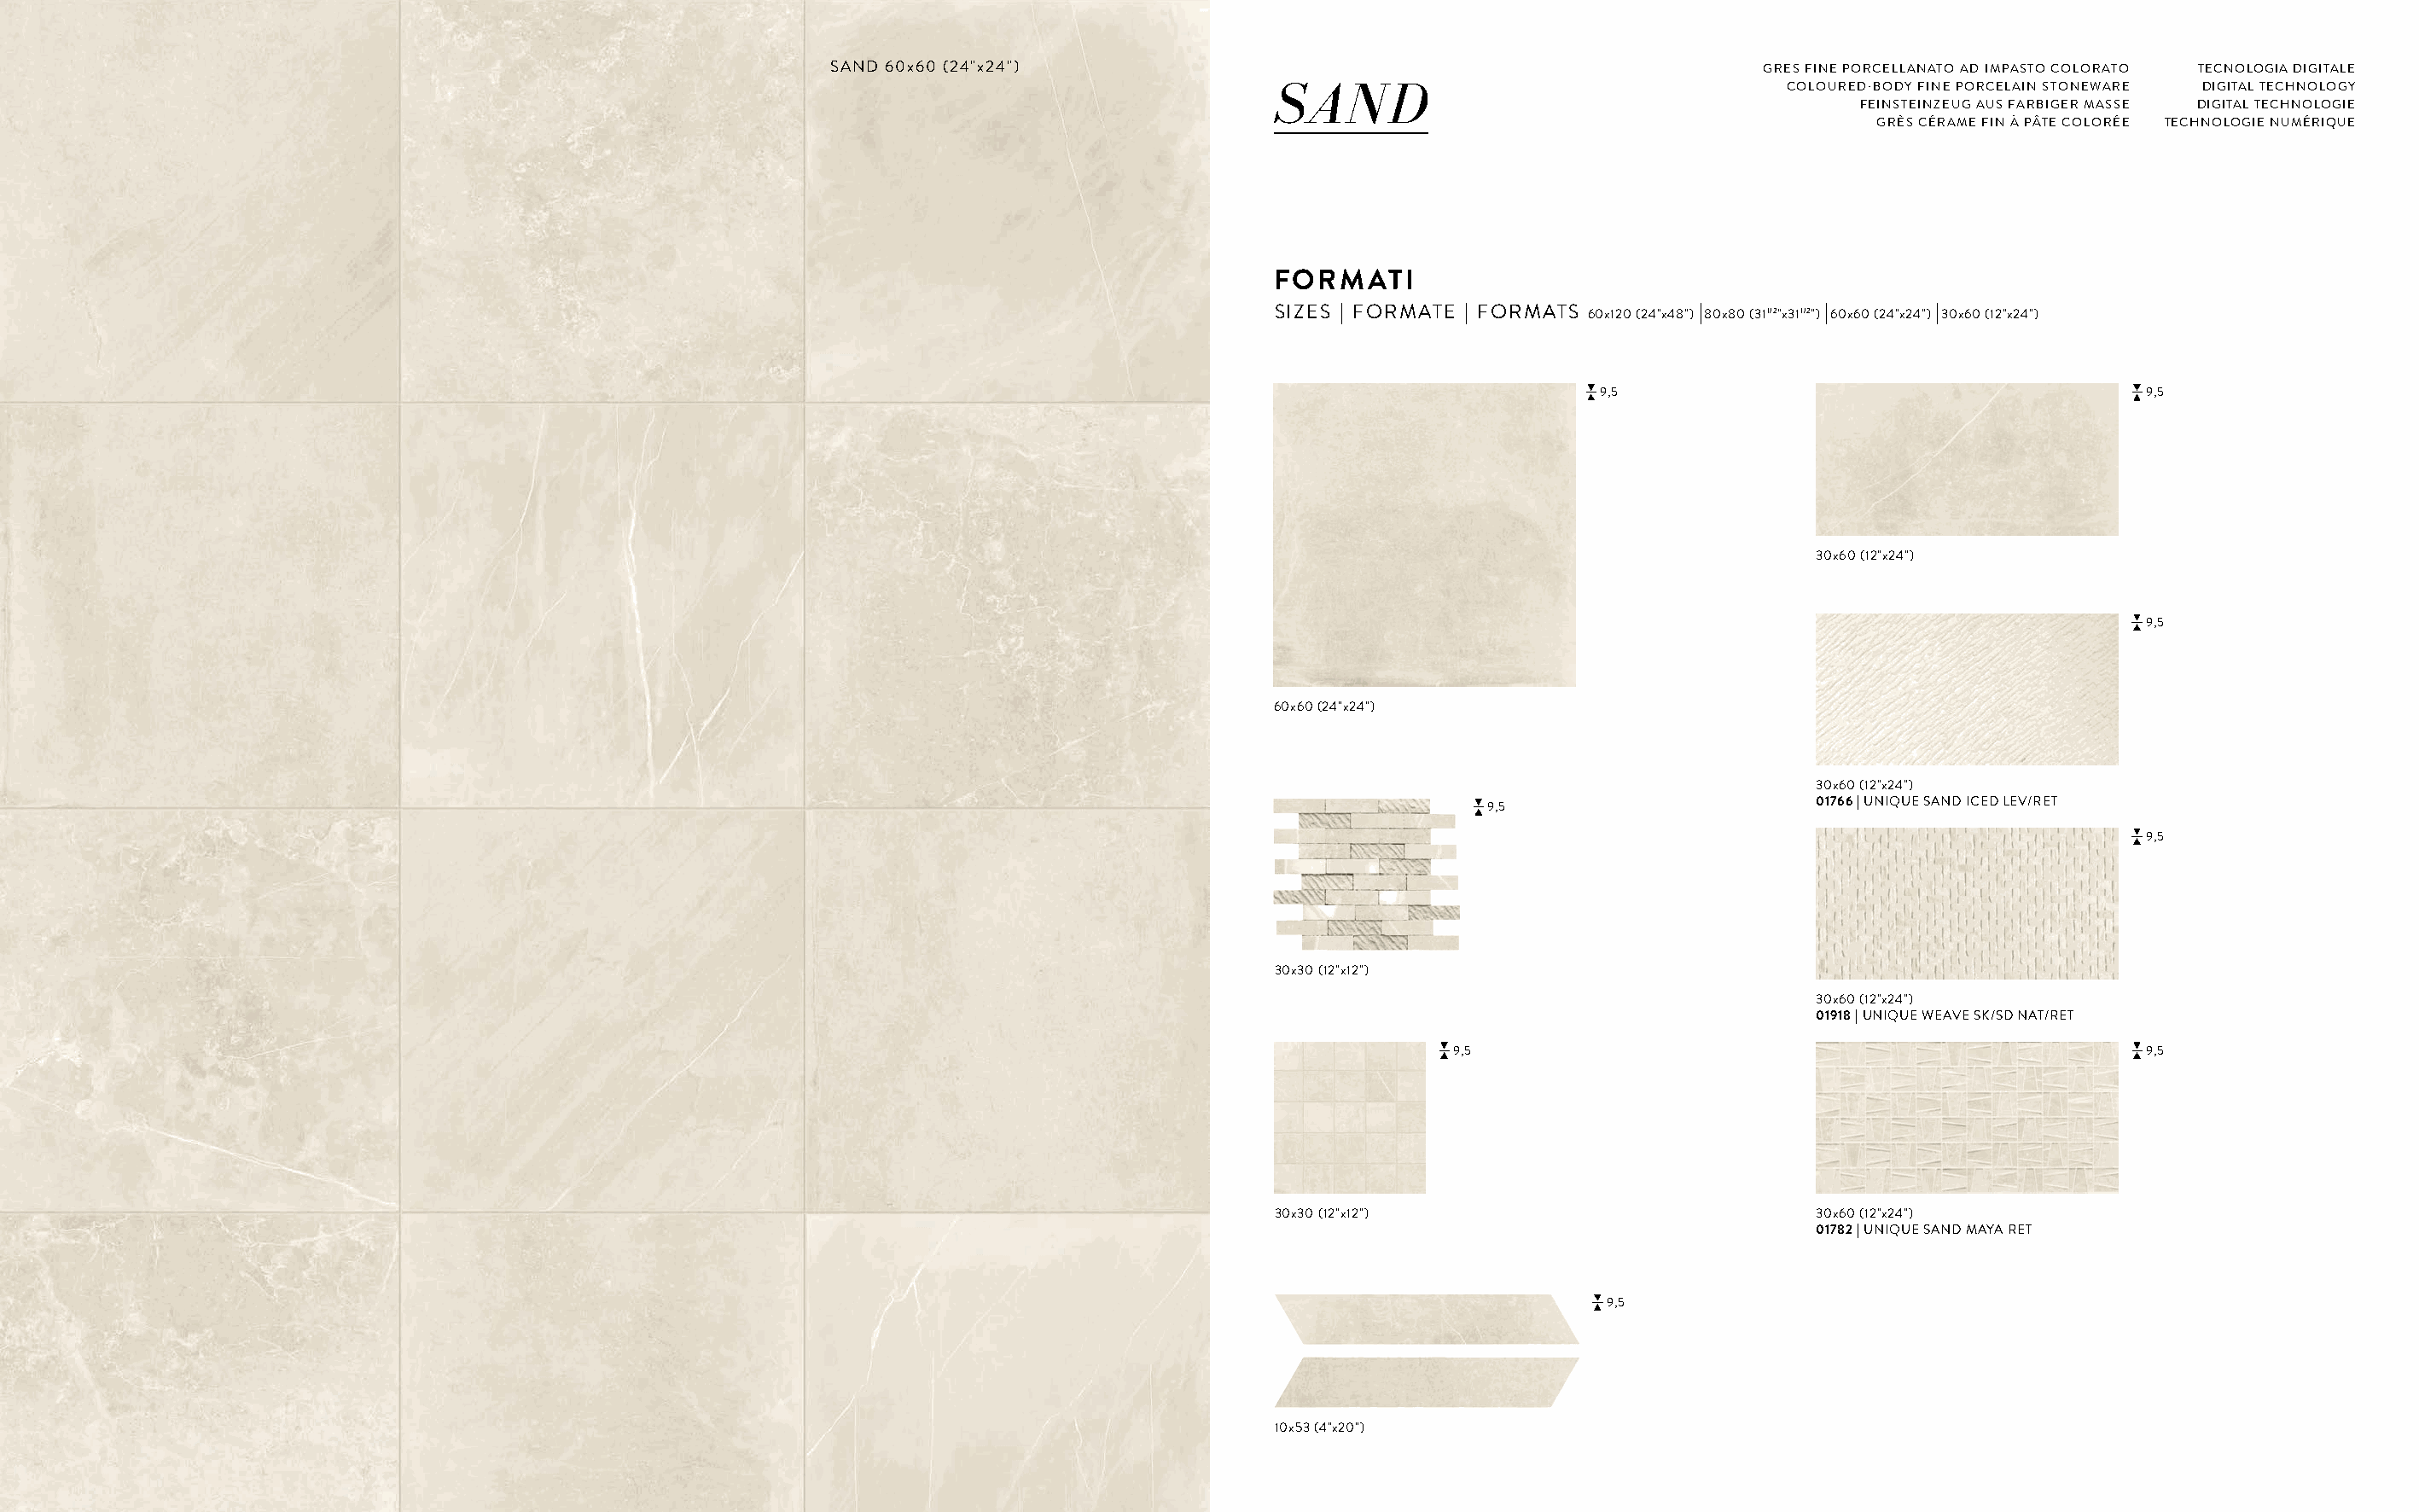
SAND 60x60 (24"x24")                                                     GRES FINE PORCELLANATO AD IMPASTO COLORATO TECNOLOGIA DIGITALE
 SAND                                    COLOURED-BODY FINE PORCELAIN STONEWARE DIGITAL TECHNOLOGY
 FEINSTEINZEUG AUS FARBIGER MASSE DIGITAL TECHNOLOGIE
 GRÈS CÉRAME FIN À PÂTE COLORÉE TECHNOLOGIE NUMÉRIQUE
 FORMATI
 SIZES | FORMATE | FORMATS 60x120 (24"x48") |80x80 (311/2"x311/2") |60x60 (24"x24") |30x60 (12"x24")
 9,5                                        9,5
 30x60 (12"x24")
 9,5
 60x60 (24"x24")
 30x60 (12"x24")
 01766 | UNIQUE SAND ICED LEV/RET
 9,5
 9,5
 30x30 (12"x12")
 30x60 (12"x24")
 01918 | UNIQUE WEAVE SK/SD NAT/RET
 9,5                                                   9,5
 30x30 (12"x12")                           30x60 (12"x24")
 01782 | UNIQUE SAND MAYA RET
 9,5
 10x53 (4"x20")